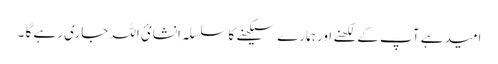
امید ہے آپ کے لکھنے اور ہمارے سیکھنے کا سلسلہ انشائ اللہ جاری رہے گا ۔